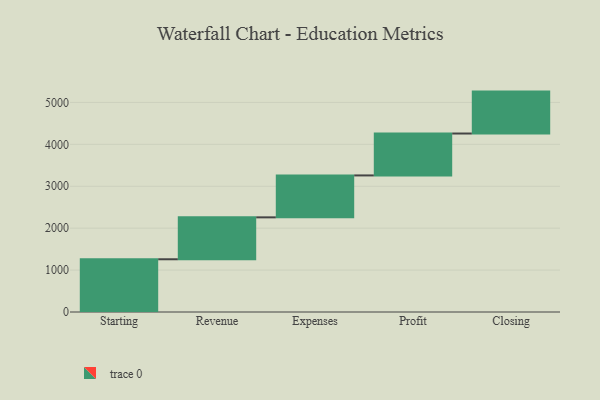
{"axis": {"x": "Step", "y": "Value"}, "legend": [""], "data": [{"x": "Starting", "y": 1258.0, "type": ""}, {"x": "Revenue", "y": 1000, "type": ""}, {"x": "Expenses", "y": 1000, "type": ""}, {"x": "Profit", "y": 1000, "type": ""}, {"x": "Closing", "y": 1000, "type": ""}]}